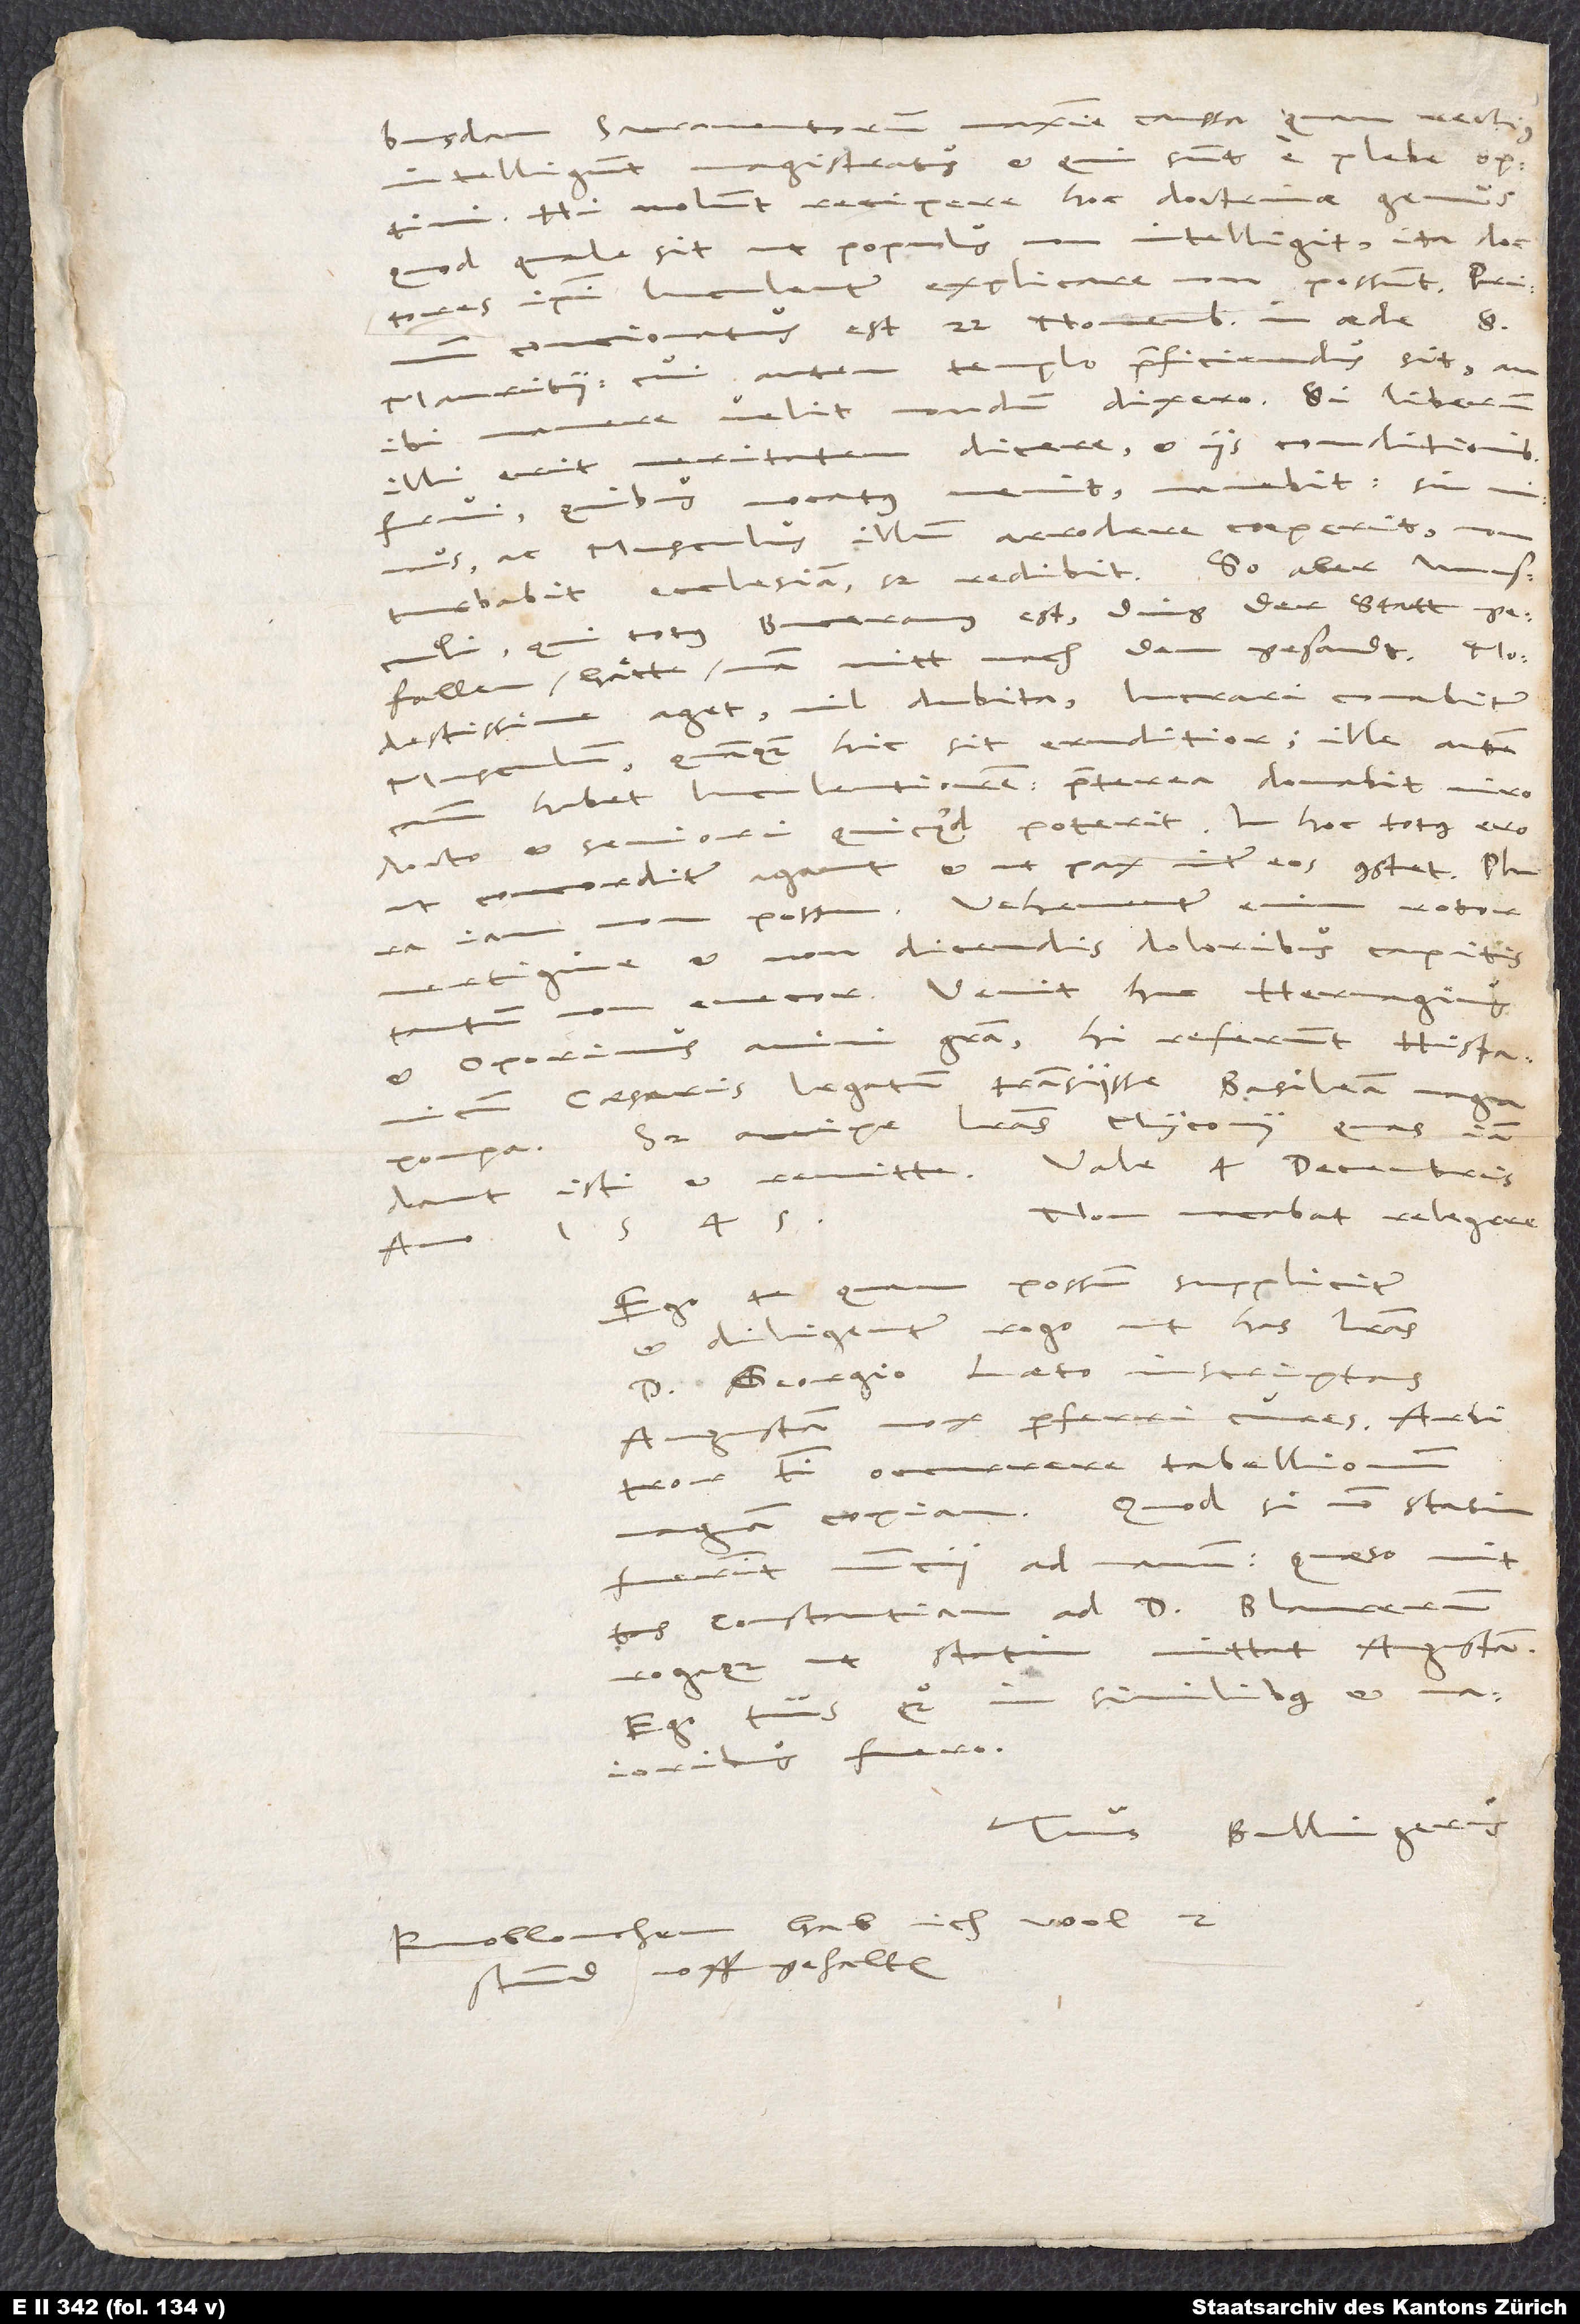
maxime caussa, quam rectius
magistratus et qui sunt a plebe optimi.
intelligunt
Hi nolunt recipere hoc doctrinae genus,
non intelligit; ita doctores
quod tale sit, ut populus
ipsi luculenter explicare non possunt. Primum
contionatus est 22. Novembris in aede S.
Mauritii; cui autem templo praeficiendus sit, an
manere velit nondum dixero. Si liberum
illi erit veritatem dicere et iis condicionibus
frui, quibus vocatus venit, manebit; sin
ac Musculus illum arrodere coeperit, non
turbabit ecclesiam, sed redibit. So aber Musculi,
qui totus Buceranus est, ding der statt
gefallen, hätte man nitt nach dem gesandt.
Modestissime aget, nil dubita. Lucrari conabitur
Musculum quamquam hic sit eruditior; ille autem
habet luculentiorem. Prae terea donabit viro
docto et seniori, quicquid poterit. In hoc totus ero,
ut concorditer agant et ut pax inter eos constet. Plura
rotor
possum; vehementer
iam
vertigine et non dicendis doloribus capitis
tantum non enecor. Venit huc Hervagius
et Oporinus animi gratia. Hi referunt, Hispanicum
Caesaris legatum transiisse Basileam magna
pompa. Sed accipe literas Myconii, quas iam
dant isti, et remitte. Vale 4 Decembris,
Non vacabat relegere.
1545.
anno
possum suppliciter
Ego te
et diligenter rogo, ut has literas,
D. Georgio Laeto inscriptas,
Augustam mox perferri cures. Arbitror,
tibi occurrere tabellionum
magnam copiam. Quod si non statim
fuerint nuntii ad manum, quaeso, mittas
Constantiam ad D. Blaurerum,
mittat Augustam.
rogaque, ut statim
Ego tuus quoque in similibus et
maioribus fuero.
Tuus Bullingerus.
Knoblouchen hab ich wol 2
stund uffgehalten.